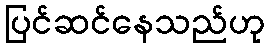
ပြင်ဆင်နေသည်ဟု